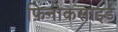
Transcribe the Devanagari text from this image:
फ़िनोकसाइड